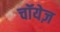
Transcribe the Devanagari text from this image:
चॉयेज़